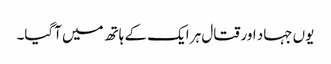
یوں جہاد اور قتال ہر ایک کے ہاتھ میں آگیا۔